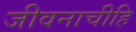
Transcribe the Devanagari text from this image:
जीवनाचीहि